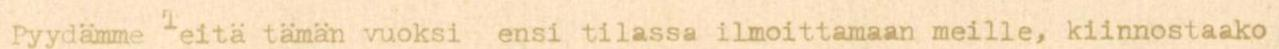
Pyydämme Teitä tämän vuoksi ensi tilassa ilmoittamaan meille, kiinnostaako